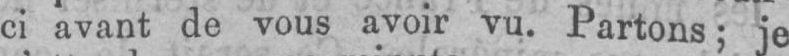
ci avant de vous avoir vu. Partons; je